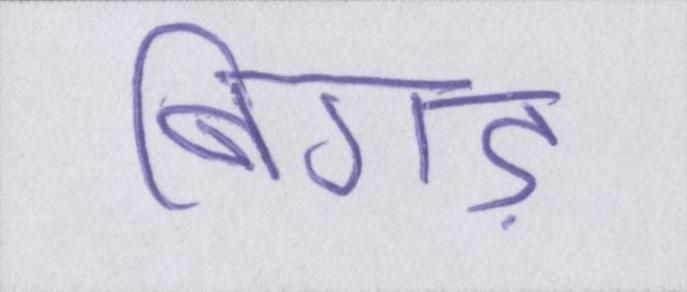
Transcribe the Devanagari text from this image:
बिगड़